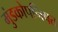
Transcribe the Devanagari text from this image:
मुंडकोपनिषत्